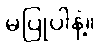
မပြုပါနဲ့။